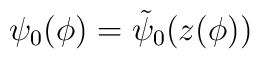
\psi_0(\phi) = \tilde{\psi}_0(z(\phi))